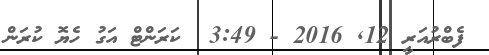
ފެބްރުއަރީ 12